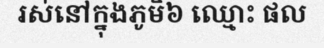
រស់នៅក្នុងភូមិ៦ ឈ្មោះ ផល